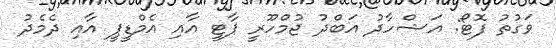
ވަގުތު ފޮޓޯ: އަޝްހާދު އަބްދު ޖުމްހޫރީ ޕާޓީ އާއި އެމްޑީޕީ އާއި ދެމެދު